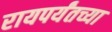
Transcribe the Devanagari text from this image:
रायपर्यंतच्या